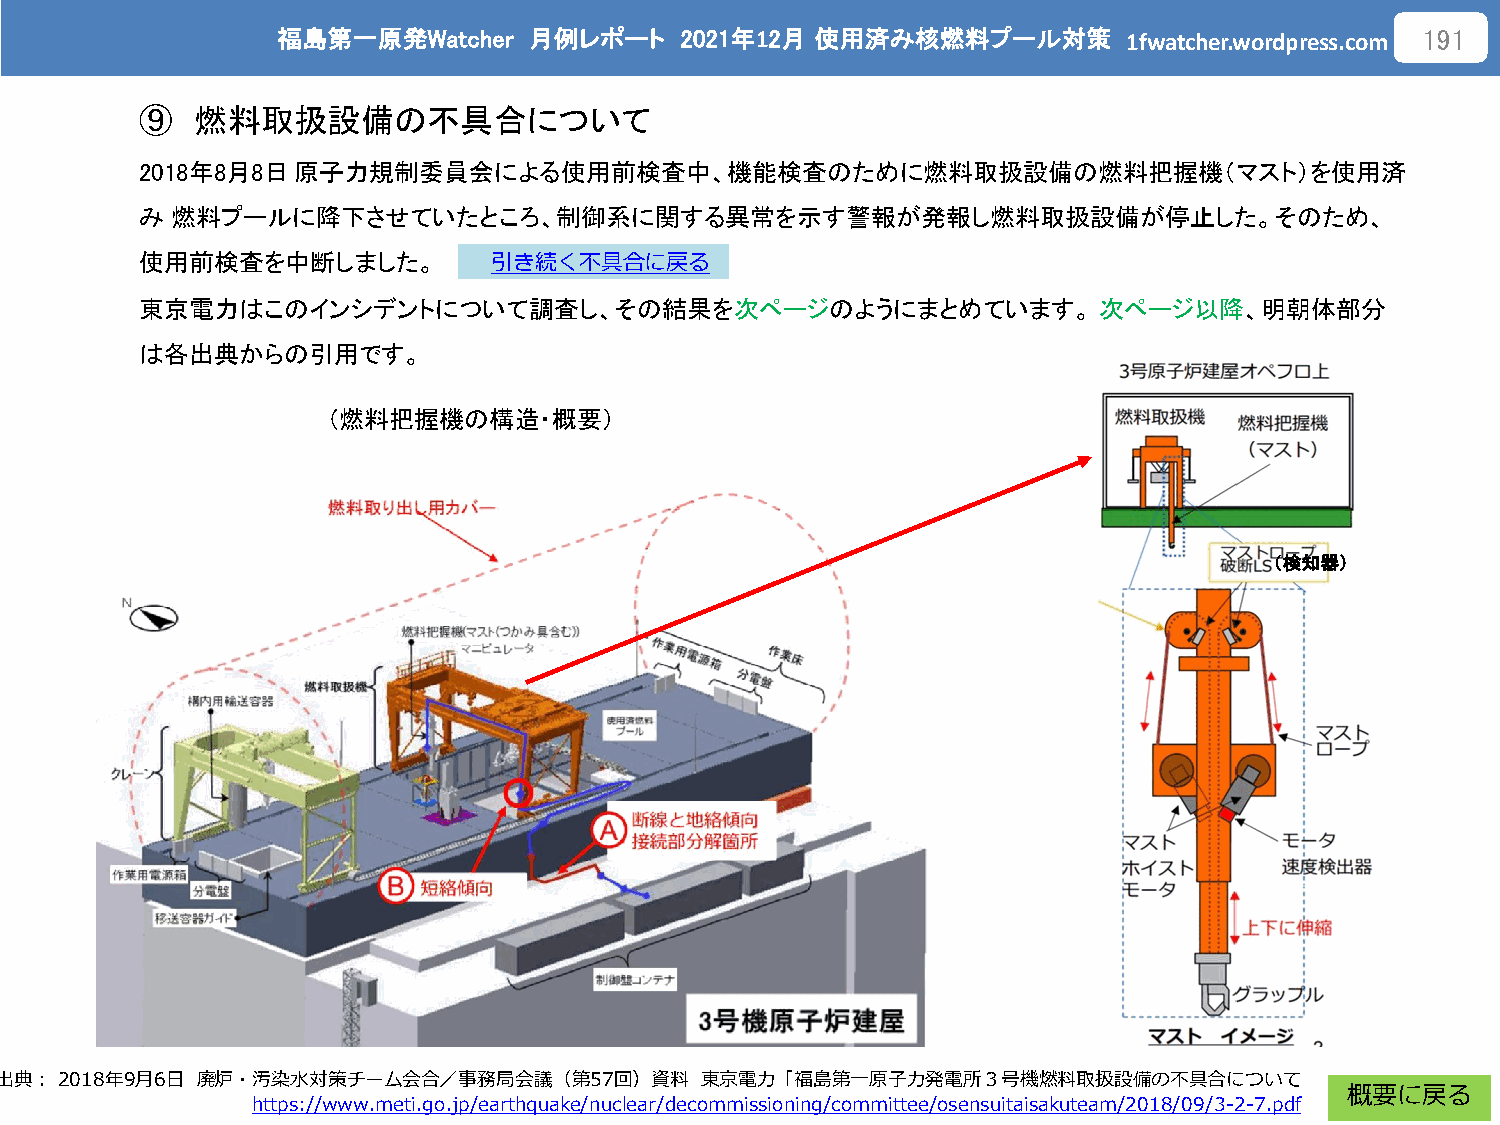
福島第一原発Watcher    月例レポート    2021年12月 使用済み核燃料プール対策
 1fwatcher.wordpress.com
 191
 ⑨   燃料取扱設備の不具合について
 2018年8月8日原子力規制委員会による使用前検査中、機能検査のために燃料取扱設備の燃料把握機（マスト）を使用済
 み 燃料プールに降下させていたところ、制御系に関する異常を示す警報が発報し燃料取扱設備が停止した。そのため、
 使用前検査を中断しました。
 引き続く不具合に戻る
 東京電力はこのインシデントについて調査し、その結果を次ページのようにまとめています。                      次ページ以降、明朝体部分
 は各出典からの引用です。
 （燃料把握機の構造・概要）
 （検知器）
 出典：2018年9月6日 廃炉・汚染水対策チーム会合／事務局会議（第57回）資料      東京電力「福島第一原子力発電所３号機燃料取扱設備の不具合について
 概要に戻る
 https://www.meti.go.jp/earthquake/nuclear/decommissioning/committee/osensuitaisakuteam/2018/09/3-2-7.pdf